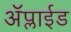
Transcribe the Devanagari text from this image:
ॲप्लाईड